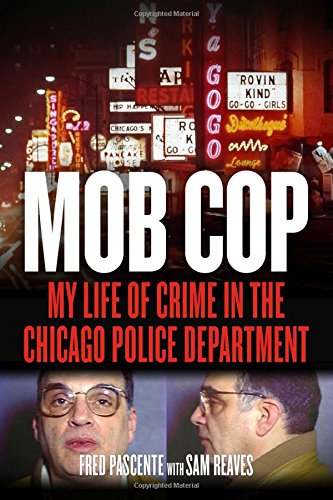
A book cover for Mob Cop: My Life of Crime in the Chicago Police Department; Fred Pascente; Biographies & Memoirs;